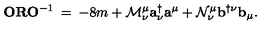
{ \mathbf O } { \mathbf R } { \mathbf O } ^ { - 1 } \: = \: - 8 m + { \cal M } _ { \nu } ^ { \mu } { \mathbf a } _ { \nu } ^ { \dagger } { \mathbf a } ^ { \mu } + { \cal N } _ { \nu } ^ { \mu } { \mathbf b } ^ { \dagger \nu } { \mathbf b } _ { \mu } .